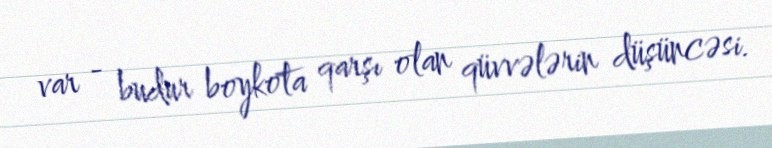
var - budur boykota qarşı olan qüvvələrin düşüncəsi.